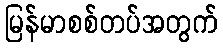
မြန်မာစစ်တပ်အတွက်